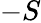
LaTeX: -S